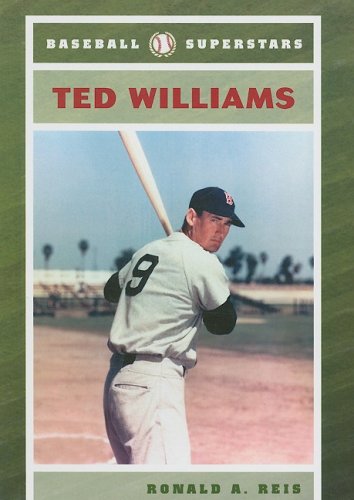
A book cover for Ted Williams (Baseball Superstars); Ronald A. Reis; Teen & Young Adult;